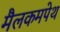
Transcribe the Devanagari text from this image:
मैलकमपेथ